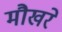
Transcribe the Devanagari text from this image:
मौखरे